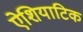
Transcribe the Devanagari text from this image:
ऐशियाटिक